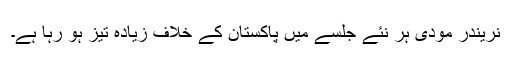
نریندر مودی ہر نئے جلسے میں پاکستان کے خلاف زیادہ تیز ہو رہا ہے۔